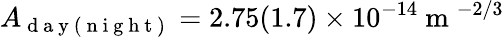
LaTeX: A_{\mathrm{~d~a~y~(~n~i~g~h~t~)~}}=2.75(1.7)\times 10^{-14}\mathrm{~m~}^{-2/3}